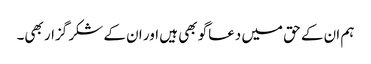
ہم ان کے حق میں دعاگو بھی ہیں اور ان کے شکر گزار بھی۔